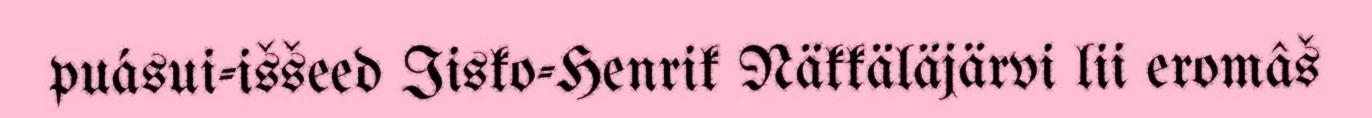
puásui-iššeed Iisko-Henrik Näkkäläjärvi lii eromâš